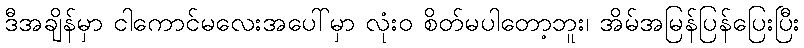
ဒီအချိန်မှာ ငါကောင်မလေးအပေါ်မှာ လုံးဝ စိတ်မပါတော့ဘူး၊ အိမ်အမြန်ပြန်ပြေးပြီး